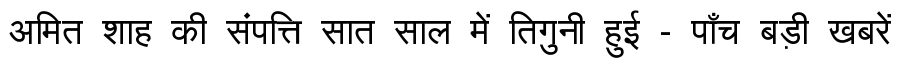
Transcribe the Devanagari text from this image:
अमित शाह की संपत्ति सात साल में तिगुनी हुई - पाँच बड़ी खबरें